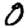
Digit: 0